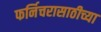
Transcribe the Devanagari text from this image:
फर्निचरासाठीच्या